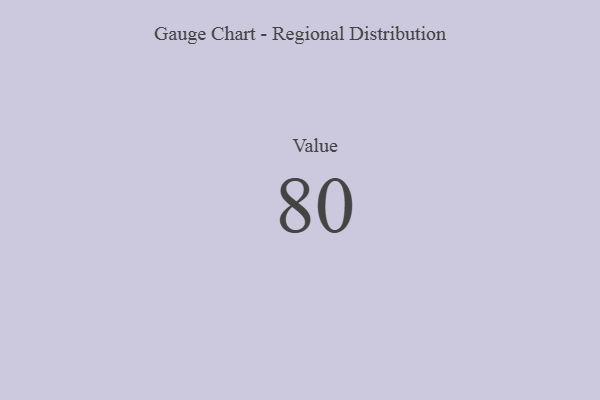
{"axis": {"x": "Metric", "y": "Value"}, "legend": [""], "data": [{"x": "Value", "y": 80, "type": ""}]}